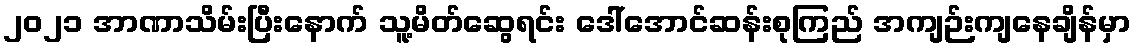
၂၀၂၁ အာဏာသိမ်းပြီးနောက် သူ့မိတ်ဆွေရင်း ဒေါ်အောင်ဆန်းစုကြည် အကျဉ်းကျနေချိန်မှာ